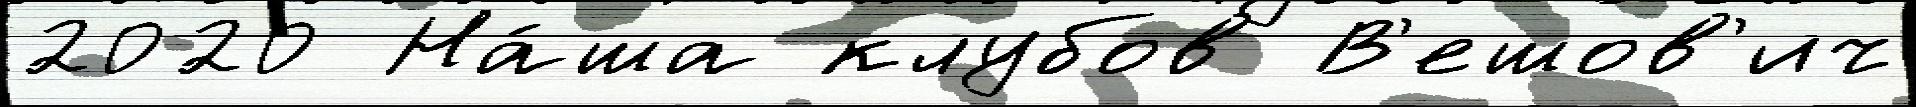
2020 На́ша клубов В'ешов'ич